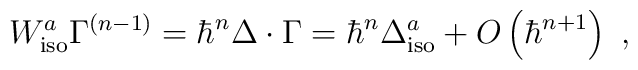
W_{\rm iso}^a\Gamma ^{\left( n-1\right) }=\hbar ^n\Delta \cdot \Gamma =\hbar^n\Delta _{\rm iso}^a+O\left( \hbar ^{n+1}\right) \,\,,